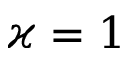
\varkappa = 1